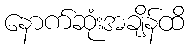
နောက်ဆုံးအချိန်ထိ